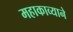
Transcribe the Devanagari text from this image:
महाकाव्याने